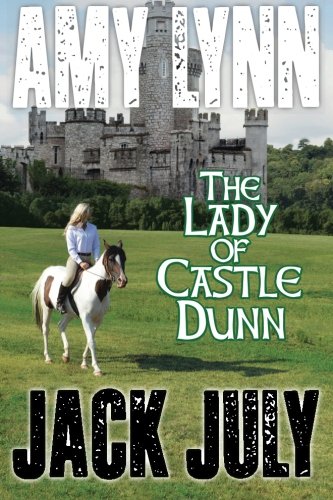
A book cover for Amy Lynn, The Lady Of Castle Dunn (Volume 3); Jack July; Literature & Fiction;